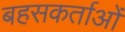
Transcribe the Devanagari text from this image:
बहसकर्ताओं